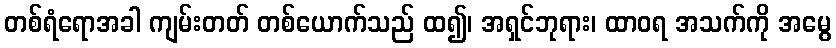
တစ်ရံရောအခါ ကျမ်းတတ် တစ်ယောက်သည် ထ၍၊ အရှင်ဘုရား၊ ထာဝရ အသက်ကို အမွေ